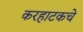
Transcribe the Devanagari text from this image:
करहाटकचे